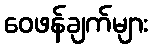
ဝေဖန်ချက်များ